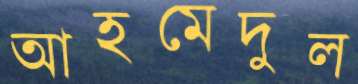
আহমেদুল